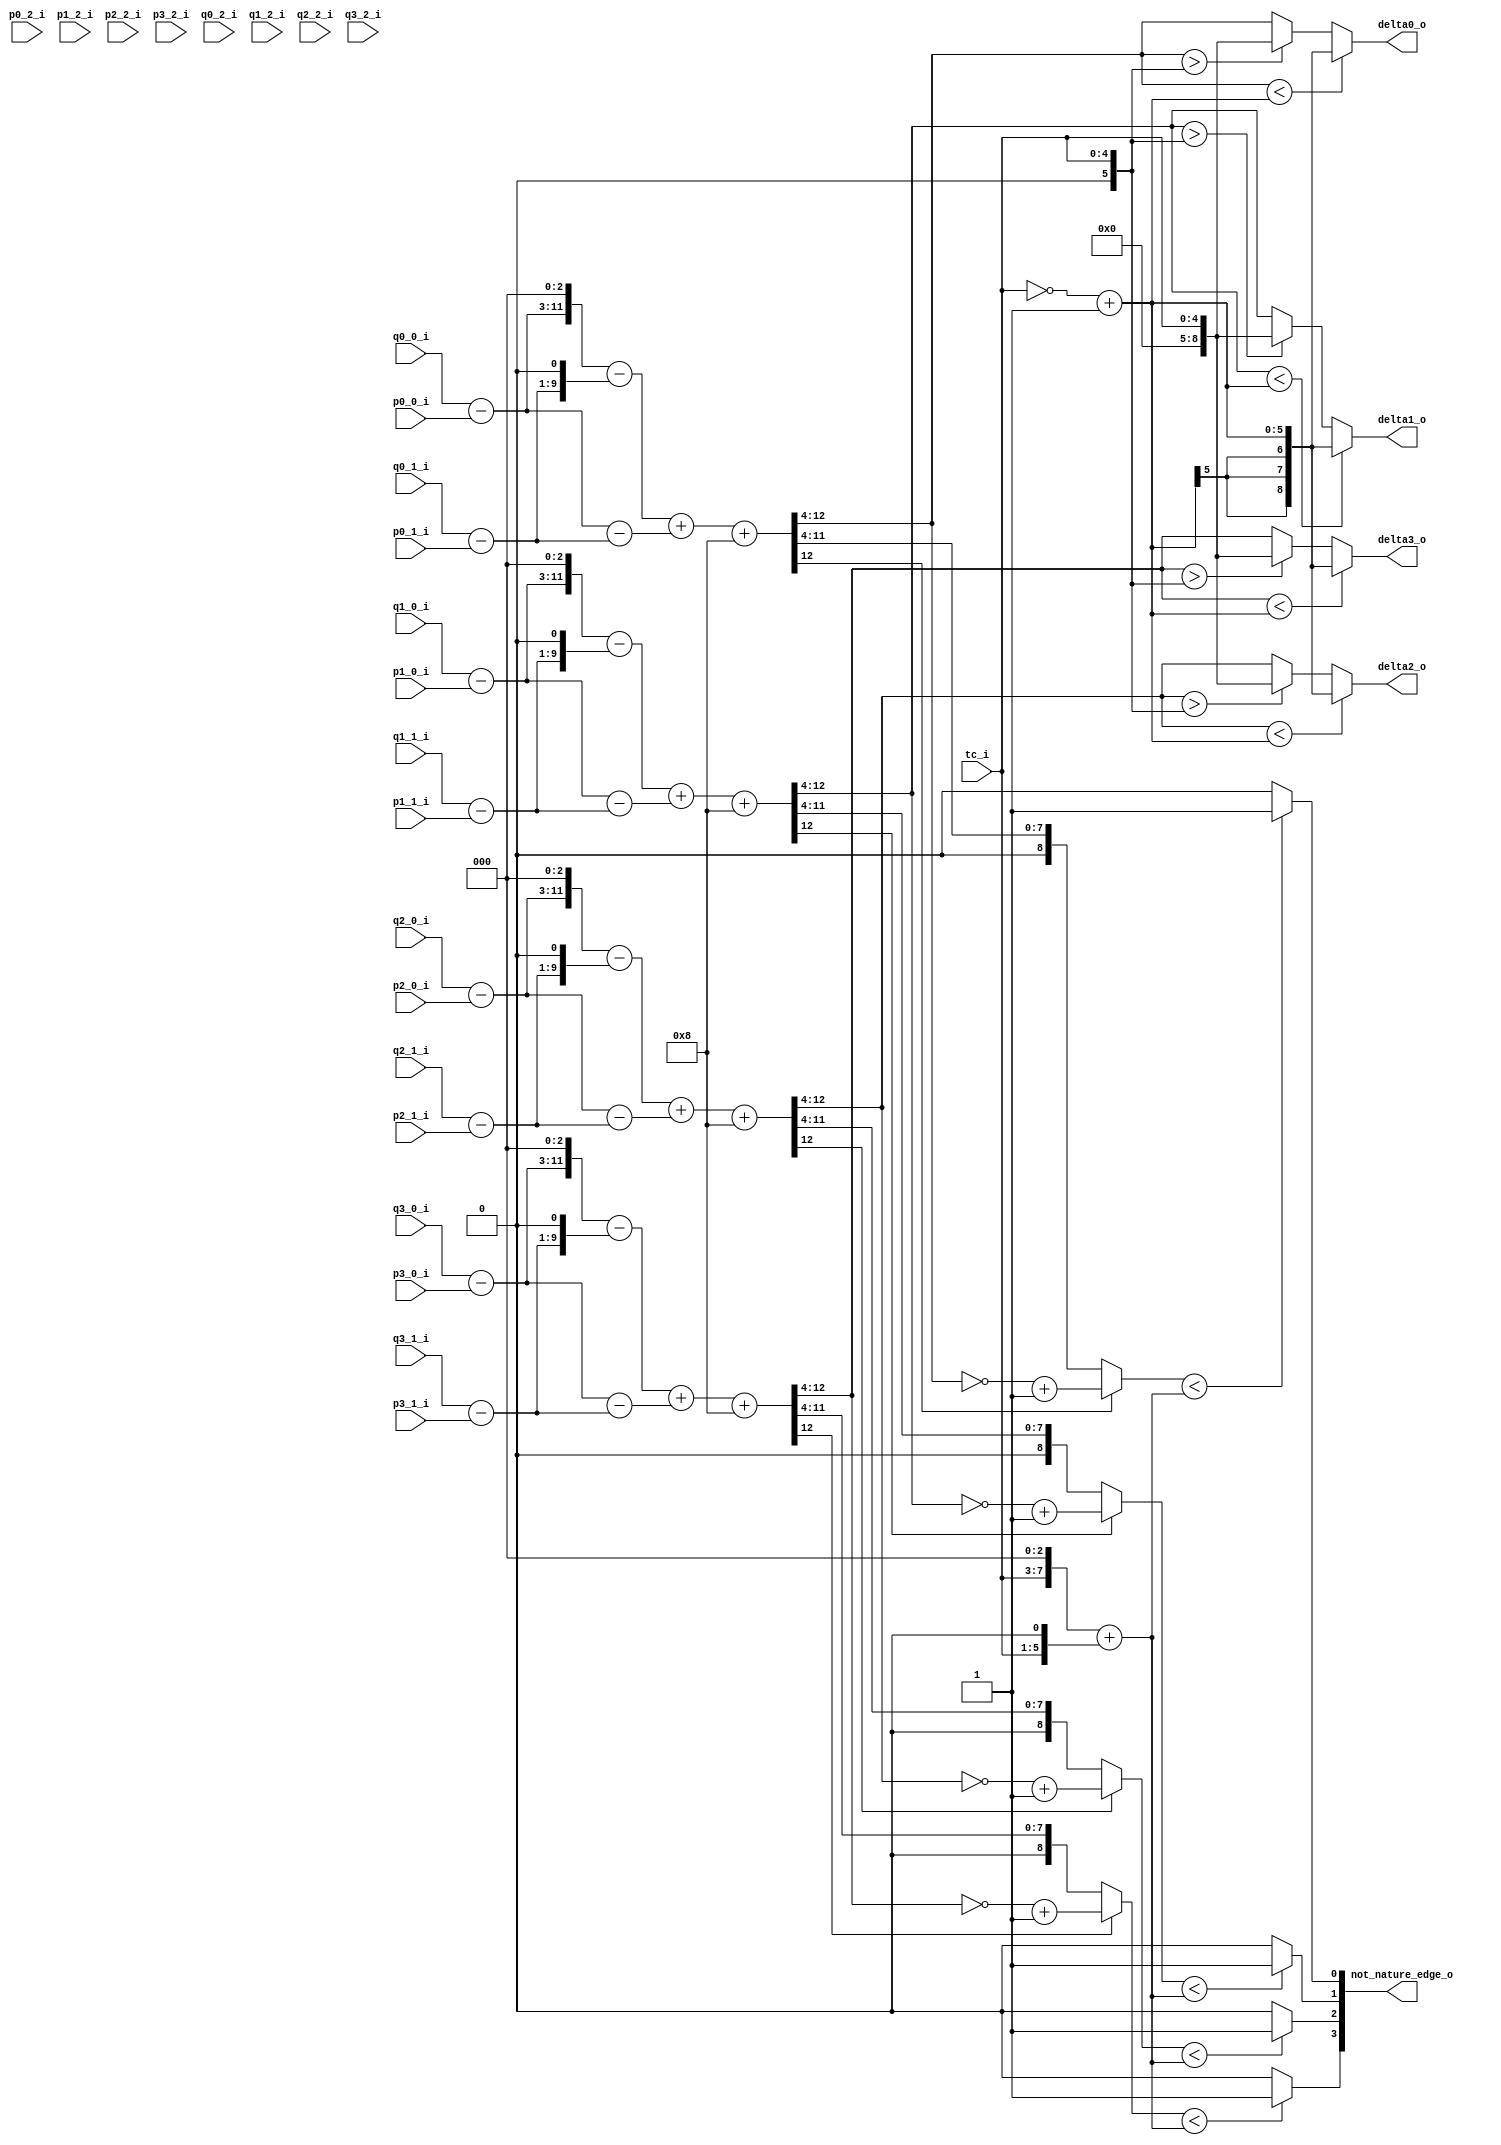
//----------------------------------------------------------------------------
//                                                                 
//  COPYRIGHT (C) 2011, VIPcore Group, Fudan University
//                                                                  
//  THIS FILE MAY NOT BE MODIFIED OR REDISTRIBUTED WITHOUT THE      
//  EXPRESSED WRITTEN CONSENT OF VIPcore Group
//                                                                  
//  VIPcore       : http://soc.fudan.edu.cn/vip    
//  IP Owner 	  : Yibo FAN
//  Contact       : fanyibo@fudan.edu.cn             
//----------------------------------------------------------------------------
// Description    : calculation the delta ahead one cycles 
//----------------------------------------------------------------------------
module db_normal_filter_1(
							tc_i,
							p0_0_i  ,  p0_1_i  ,  p0_2_i ,
							p1_0_i  ,  p1_1_i  ,  p1_2_i ,
							p2_0_i  ,  p2_1_i  ,  p2_2_i ,
							p3_0_i  ,  p3_1_i  ,  p3_2_i ,
							                             
							q0_0_i  ,  q0_1_i  ,  q0_2_i ,
							q1_0_i  ,  q1_1_i  ,  q1_2_i ,
							q2_0_i  ,  q2_1_i  ,  q2_2_i ,
							q3_0_i  ,  q3_1_i  ,  q3_2_i ,
							
							delta0_o ,
							delta1_o ,
							delta2_o ,
							delta3_o ,
							
							not_nature_edge_o   
							);
//-------------------------- -------------------------------------------------
//
//                        INPUT/OUTPUT DECLARATION 
//
//----------------------------------------------------------------------------
input [4:0] tc_i      ;

input [7:0] p0_0_i  ,  p0_1_i  ,  p0_2_i  ,
		    p1_0_i  ,  p1_1_i  ,  p1_2_i  ,
		    p2_0_i  ,  p2_1_i  ,  p2_2_i  ,
		    p3_0_i  ,  p3_1_i  ,  p3_2_i  ;
                                             
input [7:0] q0_0_i  ,  q0_1_i  ,  q0_2_i  ,
            q1_0_i  ,  q1_1_i  ,  q1_2_i  ,
            q2_0_i  ,  q2_1_i  ,  q2_2_i  ,
            q3_0_i  ,  q3_1_i  ,  q3_2_i  ;
		
output [8:0]  delta0_o	 	;
output [8:0]  delta1_o	 	;
output [8:0]  delta2_o	 	;
output [8:0]  delta3_o	 	;

output [3:0] not_nature_edge_o  ;

wire signed [8:0]  delta0_o  ;
wire signed [8:0]  delta1_o  ;
wire signed [8:0]  delta2_o  ;
wire signed [8:0]  delta3_o  ;
//---------------------------------------------------------------------------
//
//              COMBINATION  CIRCUIT:cacl amplitude
//
//----------------------------------------------------------------------------
wire signed [8:0]  p0_0_s_w  =  {1'b0 , p0_0_i } ;
wire signed [8:0]  p0_1_s_w  =  {1'b0 , p0_1_i } ;
wire signed [8:0]  p0_2_s_w  =  {1'b0 , p0_2_i } ;
wire signed [8:0]  p1_0_s_w  =  {1'b0 , p1_0_i } ;
wire signed [8:0]  p1_1_s_w  =  {1'b0 , p1_1_i } ;
wire signed [8:0]  p1_2_s_w  =  {1'b0 , p1_2_i } ;
wire signed [8:0]  p2_0_s_w  =  {1'b0 , p2_0_i } ;
wire signed [8:0]  p2_1_s_w  =  {1'b0 , p2_1_i } ;
wire signed [8:0]  p2_2_s_w  =  {1'b0 , p2_2_i } ;
wire signed [8:0]  p3_0_s_w  =  {1'b0 , p3_0_i } ;
wire signed [8:0]  p3_1_s_w  =  {1'b0 , p3_1_i } ;
wire signed [8:0]  p3_2_s_w  =  {1'b0 , p3_2_i } ;
                                                
wire signed [8:0]  q0_0_s_w  =  {1'b0 , q0_0_i } ;
wire signed [8:0]  q0_1_s_w  =  {1'b0 , q0_1_i } ;
wire signed [8:0]  q0_2_s_w  =  {1'b0 , q0_2_i } ;
wire signed [8:0]  q1_0_s_w  =  {1'b0 , q1_0_i } ;
wire signed [8:0]  q1_1_s_w  =  {1'b0 , q1_1_i } ;
wire signed [8:0]  q1_2_s_w  =  {1'b0 , q1_2_i } ;
wire signed [8:0]  q2_0_s_w  =  {1'b0 , q2_0_i } ;
wire signed [8:0]  q2_1_s_w  =  {1'b0 , q2_1_i } ;
wire signed [8:0]  q2_2_s_w  =  {1'b0 , q2_2_i } ;
wire signed [8:0]  q3_0_s_w  =  {1'b0 , q3_0_i } ;
wire signed [8:0]  q3_1_s_w  =  {1'b0 , q3_1_i } ;
wire signed [8:0]  q3_2_s_w  =  {1'b0 , q3_2_i } ;

wire [8:0] tc_mux_10 = (tc_i<<3) + (tc_i<<1) ;

wire signed  [5:0] tc_x = ~tc_i + 1'b1 ;
wire signed  [5:0] tc_y = {1'b0,tc_i};

//1 pixel filtered  
wire  signed [8:0]  qm_p00      =  q0_0_s_w - p0_0_s_w   ; 
wire  signed [8:0]  qm_p10      =  q1_0_s_w - p1_0_s_w   ; 
wire  signed [8:0]  qm_p20      =  q2_0_s_w - p2_0_s_w   ; 
wire  signed [8:0]  qm_p30      =  q3_0_s_w - p3_0_s_w   ; 

wire  signed [8:0]  qm_p01      =  q0_1_s_w - p0_1_s_w   ;
wire  signed [8:0]  qm_p11      =  q1_1_s_w - p1_1_s_w   ;
wire  signed [8:0]  qm_p21      =  q2_1_s_w - p2_1_s_w   ;
wire  signed [8:0]  qm_p31      =  q3_1_s_w - p3_1_s_w   ;

wire  signed [11:0] qm_p0_m_8_w = {qm_p00,3'b0}      ;
wire  signed [11:0] qm_p1_m_8_w = {qm_p10,3'b0}      ;
wire  signed [11:0] qm_p2_m_8_w = {qm_p20,3'b0}      ;
wire  signed [11:0] qm_p3_m_8_w = {qm_p30,3'b0}      ;

wire  signed [11:0] qm_p0_m_1_w = {{2{qm_p01[8]}},qm_p01,1'b0} ;
wire  signed [11:0] qm_p1_m_1_w = {{2{qm_p11[8]}},qm_p11,1'b0} ;
wire  signed [11:0] qm_p2_m_1_w = {{2{qm_p21[8]}},qm_p21,1'b0} ;
wire  signed [11:0] qm_p3_m_1_w = {{2{qm_p31[8]}},qm_p31,1'b0} ;

wire signed  [11:0] qm_p0_w     = qm_p0_m_8_w - qm_p0_m_1_w; 
wire signed  [11:0] qm_p1_w     = qm_p1_m_8_w - qm_p1_m_1_w;
wire signed  [11:0] qm_p2_w     = qm_p2_m_8_w - qm_p2_m_1_w;
wire signed  [11:0] qm_p3_w     = qm_p3_m_8_w - qm_p3_m_1_w;
  
wire signed  [8:0]  qm_q0_w     = qm_p00  -   qm_p01   ;
wire signed  [8:0]  qm_q1_w     = qm_p10  -   qm_p11   ;
wire signed  [8:0]  qm_q2_w     = qm_p20  -   qm_p21   ;
wire signed  [8:0]  qm_q3_w     = qm_p30  -   qm_p31   ;
   
wire signed  [11:0] qm_q0_e3_w  = {{3{qm_q0_w[8]}},qm_q0_w};
wire signed  [11:0] qm_q1_e3_w  = {{3{qm_q1_w[8]}},qm_q1_w};
wire signed  [11:0] qm_q2_e3_w  = {{3{qm_q2_w[8]}},qm_q2_w};
wire signed  [11:0] qm_q3_e3_w  = {{3{qm_q3_w[8]}},qm_q3_w};

wire signed  [12:0] delta0_w     = qm_p0_w + qm_q0_e3_w+8;
wire signed  [12:0] delta1_w     = qm_p1_w + qm_q1_e3_w+8;
wire signed  [12:0] delta2_w     = qm_p2_w + qm_q2_e3_w+8;
wire signed  [12:0] delta3_w     = qm_p3_w + qm_q3_e3_w+8;

wire  signed [8:0] delta0       =  delta0_w[12:4];
wire  signed [8:0] delta1       =  delta1_w[12:4];
wire  signed [8:0] delta2       =  delta2_w[12:4];
wire  signed [8:0] delta3       =  delta3_w[12:4];

//wire  signed [8:0] delta0   =  delta0_m[12:4] ;
//wire  signed [8:0] delta1   =  delta1_m[12:4] ;
//wire  signed [8:0] delta2   =  delta2_m[12:4] ;
//wire  signed [8:0] delta3   =  delta3_m[12:4] ;

wire [8:0]  delta0_abs  =  delta0[8]  ?  ( ~delta0 + 1'b1 ) : delta0 ;
wire [8:0]  delta1_abs  =  delta1[8]  ?  ( ~delta1 + 1'b1 ) : delta1 ;
wire [8:0]  delta2_abs  =  delta2[8]  ?  ( ~delta2 + 1'b1 ) : delta2 ;
wire [8:0]  delta3_abs  =  delta3[8]  ?  ( ~delta3 + 1'b1 ) : delta3 ;

assign not_nature_edge_o[0] = ( delta0_abs < tc_mux_10) ? 1'b1 : 1'b0 ;
assign not_nature_edge_o[1] = ( delta1_abs < tc_mux_10) ? 1'b1 : 1'b0 ;
assign not_nature_edge_o[2] = ( delta2_abs < tc_mux_10) ? 1'b1 : 1'b0 ;
assign not_nature_edge_o[3] = ( delta3_abs < tc_mux_10) ? 1'b1 : 1'b0 ;
   
assign delta0_o  = (delta0 <  tc_x ) ? tc_x : (delta0 > tc_y ? tc_y : delta0) ;
assign delta1_o  = (delta1 <  tc_x ) ? tc_x : (delta1 > tc_y ? tc_y : delta1) ;
assign delta2_o  = (delta2 <  tc_x ) ? tc_x : (delta2 > tc_y ? tc_y : delta2) ;
assign delta3_o  = (delta3 <  tc_x ) ? tc_x : (delta3 > tc_y ? tc_y : delta3) ;


endmodule